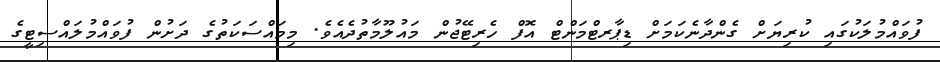
ފުވައްމުލަކުގައި ކުރިޔަށް ގެންދާނެކަމަށް ޑިޕާރޓްމަންޓް އޮފް ހެރިޓޭޖުން މައުލޫމާތުދެއެވެ. މިމައްސަކަތުގެ ދަށުން ފުވައްމުލައްސިޓީގެ